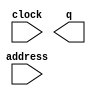
// megafunction wizard: %ROM: 1-PORT%VBB%
// GENERATION: STANDARD
// VERSION: WM1.0
// MODULE: altsyncram 

// ============================================================
// Megafunction Name(s):
// 			altsyncram
//
// Simulation Library Files(s):
// 			altera_mf
// ============================================================
// ************************************************************
// THIS IS A WIZARD-GENERATED FILE. DO NOT EDIT THIS FILE!
//
// 17.1.0 Build 590 10/25/2017 SJ Lite Edition
// ************************************************************

//Copyright (C) 2017  Intel Corporation. All rights reserved.
//Your use of Intel Corporation's design tools, logic functions 
//and other software and tools, and its AMPP partner logic 
//functions, and any output files from any of the foregoing 
//(including device programming or simulation files), and any 
//associated documentation or information are expressly subject 
//to the terms and conditions of the Intel Program License 
//Subscription Agreement, the Intel Quartus Prime License Agreement,
//the Intel FPGA IP License Agreement, or other applicable license
//agreement, including, without limitation, that your use is for
//the sole purpose of programming logic devices manufactured by
//Intel and sold by Intel or its authorized distributors.  Please
//refer to the applicable agreement for further details.

module ROM_Password_Module (
	address,
	clock,
	q);

	input	[2:0]  address;
	input	  clock;
	output	[15:0]  q;
`ifndef ALTERA_RESERVED_QIS
// synopsys translate_off
`endif
	tri1	  clock;
`ifndef ALTERA_RESERVED_QIS
// synopsys translate_on
`endif

endmodule

// ============================================================
// CNX file retrieval info
// ============================================================
// Retrieval info: PRIVATE: ADDRESSSTALL_A NUMERIC "0"
// Retrieval info: PRIVATE: AclrAddr NUMERIC "0"
// Retrieval info: PRIVATE: AclrByte NUMERIC "0"
// Retrieval info: PRIVATE: AclrOutput NUMERIC "0"
// Retrieval info: PRIVATE: BYTE_ENABLE NUMERIC "0"
// Retrieval info: PRIVATE: BYTE_SIZE NUMERIC "8"
// Retrieval info: PRIVATE: BlankMemory NUMERIC "0"
// Retrieval info: PRIVATE: CLOCK_ENABLE_INPUT_A NUMERIC "0"
// Retrieval info: PRIVATE: CLOCK_ENABLE_OUTPUT_A NUMERIC "0"
// Retrieval info: PRIVATE: Clken NUMERIC "0"
// Retrieval info: PRIVATE: IMPLEMENT_IN_LES NUMERIC "0"
// Retrieval info: PRIVATE: INIT_FILE_LAYOUT STRING "PORT_A"
// Retrieval info: PRIVATE: INIT_TO_SIM_X NUMERIC "0"
// Retrieval info: PRIVATE: INTENDED_DEVICE_FAMILY STRING "Cyclone IV E"
// Retrieval info: PRIVATE: JTAG_ENABLED NUMERIC "0"
// Retrieval info: PRIVATE: JTAG_ID STRING "NONE"
// Retrieval info: PRIVATE: MAXIMUM_DEPTH NUMERIC "0"
// Retrieval info: PRIVATE: MIFfilename STRING "ROM_Password_mif.mif"
// Retrieval info: PRIVATE: NUMWORDS_A NUMERIC "7"
// Retrieval info: PRIVATE: RAM_BLOCK_TYPE NUMERIC "0"
// Retrieval info: PRIVATE: RegAddr NUMERIC "1"
// Retrieval info: PRIVATE: RegOutput NUMERIC "1"
// Retrieval info: PRIVATE: SYNTH_WRAPPER_GEN_POSTFIX STRING "0"
// Retrieval info: PRIVATE: SingleClock NUMERIC "1"
// Retrieval info: PRIVATE: UseDQRAM NUMERIC "0"
// Retrieval info: PRIVATE: WidthAddr NUMERIC "3"
// Retrieval info: PRIVATE: WidthData NUMERIC "16"
// Retrieval info: PRIVATE: rden NUMERIC "0"
// Retrieval info: LIBRARY: altera_mf altera_mf.altera_mf_components.all
// Retrieval info: CONSTANT: ADDRESS_ACLR_A STRING "NONE"
// Retrieval info: CONSTANT: CLOCK_ENABLE_INPUT_A STRING "BYPASS"
// Retrieval info: CONSTANT: CLOCK_ENABLE_OUTPUT_A STRING "BYPASS"
// Retrieval info: CONSTANT: INIT_FILE STRING "ROM_Password_mif.mif"
// Retrieval info: CONSTANT: INTENDED_DEVICE_FAMILY STRING "Cyclone IV E"
// Retrieval info: CONSTANT: LPM_HINT STRING "ENABLE_RUNTIME_MOD=NO"
// Retrieval info: CONSTANT: LPM_TYPE STRING "altsyncram"
// Retrieval info: CONSTANT: NUMWORDS_A NUMERIC "7"
// Retrieval info: CONSTANT: OPERATION_MODE STRING "ROM"
// Retrieval info: CONSTANT: OUTDATA_ACLR_A STRING "NONE"
// Retrieval info: CONSTANT: OUTDATA_REG_A STRING "CLOCK0"
// Retrieval info: CONSTANT: WIDTHAD_A NUMERIC "3"
// Retrieval info: CONSTANT: WIDTH_A NUMERIC "16"
// Retrieval info: CONSTANT: WIDTH_BYTEENA_A NUMERIC "1"
// Retrieval info: USED_PORT: address 0 0 3 0 INPUT NODEFVAL "address[2..0]"
// Retrieval info: USED_PORT: clock 0 0 0 0 INPUT VCC "clock"
// Retrieval info: USED_PORT: q 0 0 16 0 OUTPUT NODEFVAL "q[15..0]"
// Retrieval info: CONNECT: @address_a 0 0 3 0 address 0 0 3 0
// Retrieval info: CONNECT: @clock0 0 0 0 0 clock 0 0 0 0
// Retrieval info: CONNECT: q 0 0 16 0 @q_a 0 0 16 0
// Retrieval info: GEN_FILE: TYPE_NORMAL ROM_Password_Module.v TRUE
// Retrieval info: GEN_FILE: TYPE_NORMAL ROM_Password_Module.inc FALSE
// Retrieval info: GEN_FILE: TYPE_NORMAL ROM_Password_Module.cmp FALSE
// Retrieval info: GEN_FILE: TYPE_NORMAL ROM_Password_Module.bsf FALSE
// Retrieval info: GEN_FILE: TYPE_NORMAL ROM_Password_Module_inst.v FALSE
// Retrieval info: GEN_FILE: TYPE_NORMAL ROM_Password_Module_bb.v TRUE
// Retrieval info: LIB_FILE: altera_mf